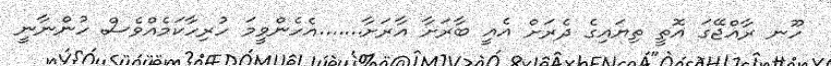
ހޫނ ރާއްޖޭގަ އޮތީ ތިޔައިގެ ދެރަށް އެއީ ބާރަށާ އާރަށާ.......އެހެންވީމަ ހުރިހާކަމެއްވެސް ހުންނާނީ